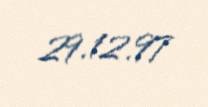
29.12.97